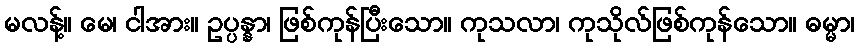
မလန့်။ မေ၊ ငါအား။ ဥပ္ပန္နာ၊ ဖြစ်ကုန်ပြီးသော။ ကုသလာ၊ ကုသိုလ်ဖြစ်ကုန်သော။ ဓမ္မာ၊